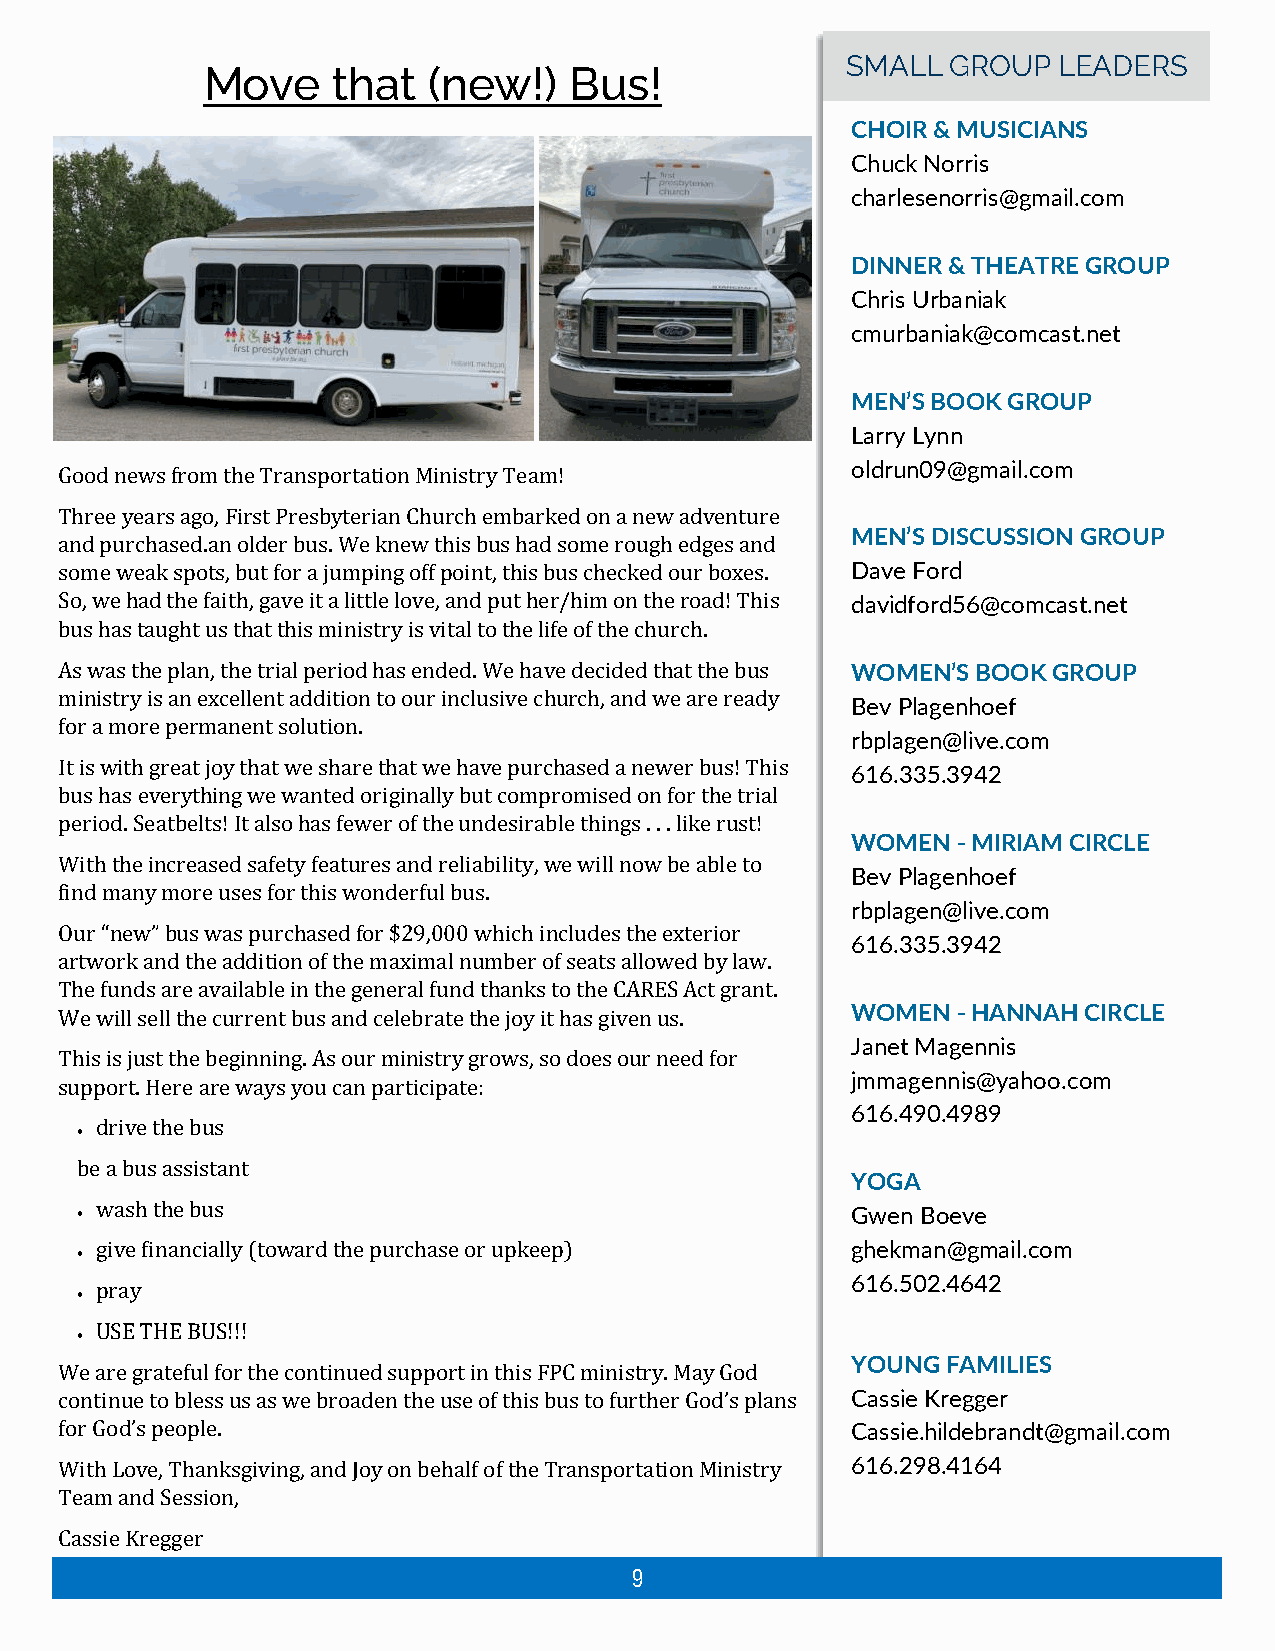
SMALL  GROUP  LEADERS
 Move     that  (new!)    Bus!
 CHOIR & MUSICIANS
 Chuck Norris
 charlesenorris@gmail.com
 DINNER & THEATRE GROUP
 Chris Urbaniak
 cmurbaniak@comcast.net
 MEN’S BOOK GROUP
 Larry Lynn
 oldrun09@gmail.com
 Good news from the Transportation Ministry Team!
 Three years ago, First Presbyterian Church embarked on a new adventure
 MEN’S DISCUSSION GROUP
 and purchased.an older bus. We knew this bus had some rough edges and
 some weak spots, but for a jumping off point, this bus checked our boxes. Dave Ford
 So, we had the faith, gave it a little love, and put her/him on the road! This davidford56@comcast.net
 bus has taught us that this ministry is vital to the life of the church.
 As was the plan, the trial period has ended. We have decided that the bus WOMEN’S BOOK GROUP
 ministry is an excellent addition to our inclusive church, and we are ready
 Bev Plagenhoef
 for a more permanent solution.
 rbplagen@live.com
 It is with great joy that we share that we have purchased a newer bus! This
 616.335.3942
 bus has everything we wanted originally but compromised on for the trial
 period. Seatbelts! It also has fewer of the undesirable things . . . like rust!
 WOMEN  - MIRIAM CIRCLE
 With the increased safety features and reliability, we will now be able to
 Bev Plagenhoef
 find many more uses for this wonderful bus.
 rbplagen@live.com
 Our “new” bus was purchased for $29,000 which includes the exterior
 616.335.3942
 artwork and the addition of the maximal number of seats allowed by law.
 The funds are available in the general fund thanks to the CARES Act grant.
 We will sell the current bus and celebrate the joy it has given us. WOMEN - HANNAH CIRCLE
 Janet Magennis
 This is just the beginning. As our ministry grows, so does our need for
 jmmagennis@yahoo.com
 support. Here are ways you can participate:
 616.490.4989
 drive the bus
 •
 be a bus assistant
 YOGA
 wash the bus
 •                                                  Gwen Boeve
 give financially (toward the purchase or upkeep)  ghekman@gmail.com
 •
 616.502.4642
 pray
 •
 USE THE BUS!!!
 •
 YOUNG  FAMILIES
 We are grateful for the continued support in this FPC ministry. May God
 continue to bless us as we broaden the use of this bus to further God’s plans Cassie Kregger
 for God’s people.                                   Cassie.hildebrandt@gmail.com
 With Love, Thanksgiving, and Joy on behalf of the Transportation Ministry 616.298.4164
 Team and Session,
 Cassie Kregger
 9